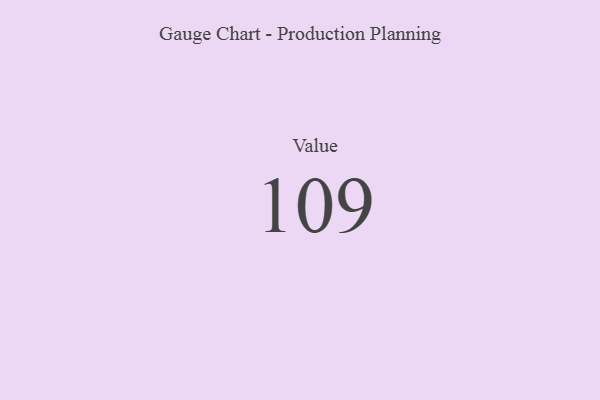
{"axis": {"x": "Metric", "y": "Value"}, "legend": [""], "data": [{"x": "Value", "y": 109, "type": ""}]}